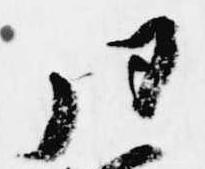
同